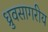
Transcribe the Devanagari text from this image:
ध्रुवसागरीय